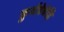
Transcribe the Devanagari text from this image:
कुर्वत्रेवेहि